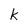
Character: k